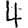
Digit: 4